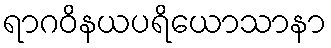
ရာဂဝိနယပရိယောသာနာ